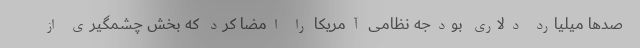
صدها میلیارد دلاری بودجه نظامی آمریکا را امضا کرد که بخش چشمگیری از